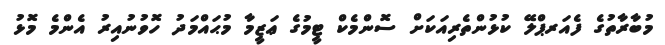
މުބާރާތުގެ ފެއަރޕްލޭ ކުޅުންތެރިއަކަށް ސޮންމެކް ޓީމުގެ ޢަޒީމާ މުޙައްމަދު ހޮވުނުއިރު އެންމެ މޮޅު